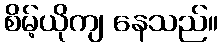
စိမ့်ယိုကျ နေသည်။